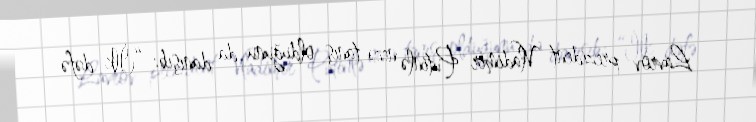
Lavrov prezident Vladimir Putinlə necə tanış olduğunu da danışıb: “İlk dəfə